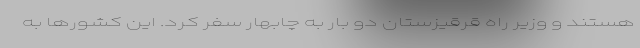
هستند و وزیر راه قرقیزستان دو بار به چابهار سفر کرد. این کشورها به